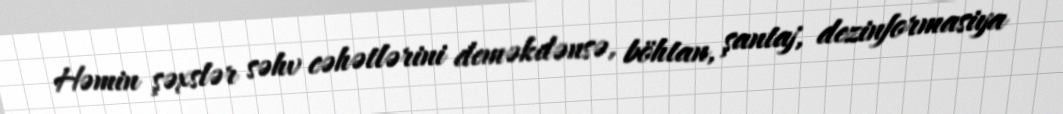
Həmin şəxslər səhv cəhətlərini deməkdənsə, böhtan, şantaj, dezinformasiya